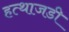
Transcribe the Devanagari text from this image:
हत्थाजडी